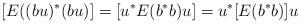
LaTeX: \begin{align*}[E((bu)^*(bu)]=[u^*E(b^*b)u]=u^*[E(b^*b)]u\end{align*}